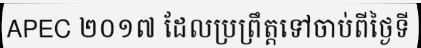
APEC ២០១៧ ដែលប្រព្រឹត្តទៅចាប់ពីថ្ងៃទី